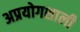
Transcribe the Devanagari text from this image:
अप्रयोगशाली